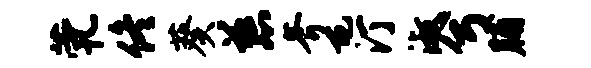
茕佟葵慈斧屯汀淑兮脯